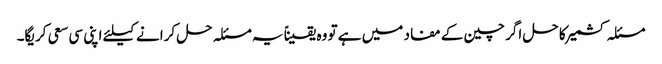
مسئلہ کشمیر کا حل اگر چین کے مفاد میں ہے تو وہ یقیناً یہ مسئلہ حل کرانے کیلئے اپنی سی سعی کریگا۔